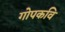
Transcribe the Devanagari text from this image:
गोपकवि